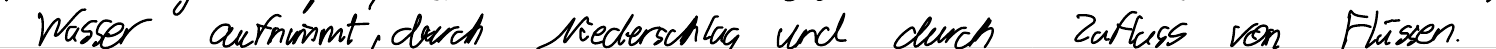
Wasser aufnimmt, durch Niederschlag und durch Zufluss von Flüssen.